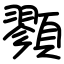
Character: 顟